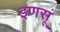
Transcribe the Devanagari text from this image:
इणसूं